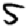
Digit: 5